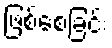
ဖြစ်စေခြင်း